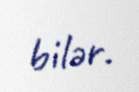
bilər.